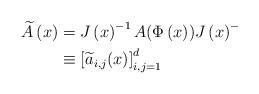
LaTeX: \begin{align*}\widetilde{A}\left( x\right) & =J\left( x\right) ^{-1}A(\Phi\left(x\right) )J\left( x\right) ^{-}\\& \equiv\left[ \widetilde{a}_{i,j}(x)\right] _{i,j=1}^{d}\end{align*}